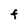
Character: F